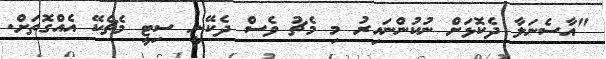
"އާސެނަލާ ދެކޮޅަށް ނުކުންނައިރު މި މެޗު ވެސް ދެކޭނީ ސިޓީ މެޗެކޭ އެއްގޮތަށް.